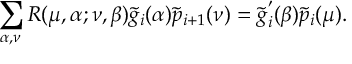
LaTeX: \sum _ { \alpha , \nu } R ( \mu , \alpha ; \nu , \beta ) \tilde { g } _ { i } ( \alpha ) \tilde { p } _ { i + 1 } ( \nu ) = \tilde { g } _ { i } ^ { ' } ( \beta ) \tilde { p } _ { i } ( \mu ) .